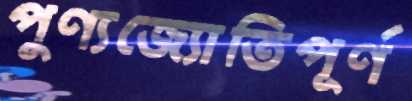
পুণ্যজ্যোতিপূর্ণ